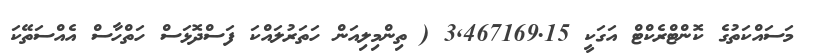
މަސައްކަތުގެ ކޮންޓްރެކްޓް އަގަކީ 3